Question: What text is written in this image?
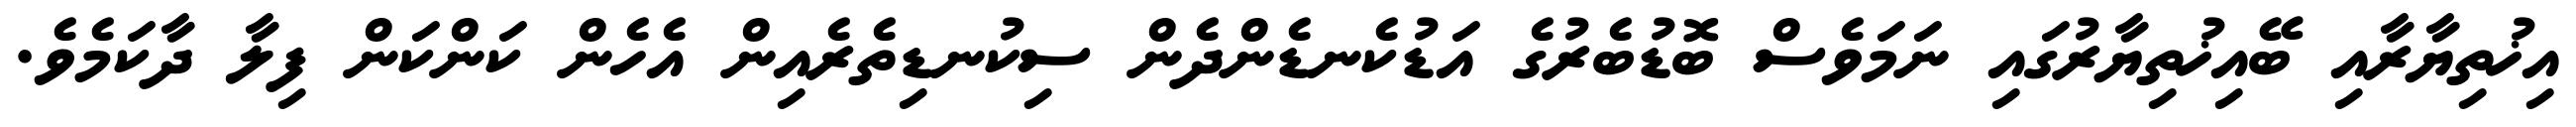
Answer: އިޚުތިޔާރާއި ބޭއިޚުތިޔާރުގައި ނަމަވެސް ބޮޑުބެރުގެ އަޑުކެނޑެންދެން ސިކުނޑިތެރެއިން އެހެން ކަންކަން ފިލާ ދާކަމެވެ.